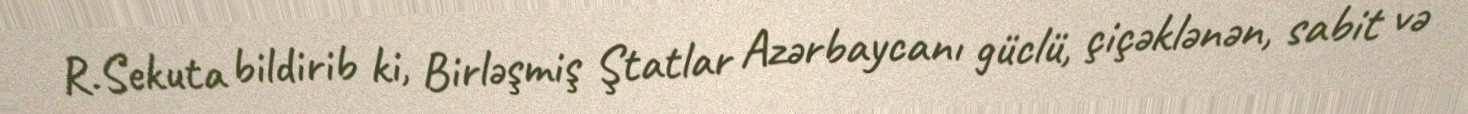
R.Sekuta bildirib ki, Birləşmiş Ştatlar Azərbaycanı güclü, çiçəklənən, sabit və